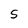
Character: S